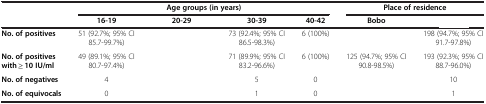
<table><thead><tr><td>[EMPTY_CELL]</td><td colspan="4"><b>Age groups (in years)</b></td><td colspan="2"><b>Place of residence</b></td></tr><tr><td>[EMPTY_CELL]</td><td><b>16-19</b></td><td><b>20-29</b></td><td><b>30-39</b></td><td><b>40-42</b></td><td><b>Bobo</b></td><td>[EMPTY_CELL]</td></tr></thead><tbody><tr><td><b>No. of positives</b></td><td>51 (92.7%; 95% CI 85.7-99.7%)</td><td>[EMPTY_CELL]</td><td>73 (92.4%; 95% CI 86.5-98.3%)</td><td>6 (100%)</td><td>[EMPTY_CELL]</td><td>198 (94.7%; 95% CI 91.7-97.8%)</td></tr><tr><td><b>No. of positives with ≥ 10 IU/ml</b></td><td>49 (89.1%; 95% CI 80.7-97.4%)</td><td>[EMPTY_CELL]</td><td>71 (89.9%; 95% CI 83.2-96.6%)</td><td>6 (100%)</td><td>125 (94.7%; 95% CI 90.8-98.5%)</td><td>193 (92.3%; 95% CI 88.7-96.0%)</td></tr><tr><td><b>No. of negatives</b></td><td>4</td><td>[EMPTY_CELL]</td><td>5</td><td>0</td><td>[EMPTY_CELL]</td><td>10</td></tr><tr><td><b>No. of equivocals</b></td><td>0</td><td>[EMPTY_CELL]</td><td>1</td><td>0</td><td>[EMPTY_CELL]</td><td>1</td></tr></tbody></table>